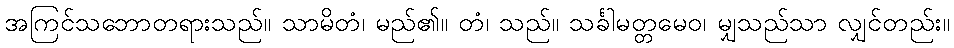
အကြင်သဘောတရားသည်။ သာမိတံ၊ မည်၏။ တံ၊ သည်။ သင်္ခါမတ္တမေဝ၊ မျှသည်သာ လျှင်တည်း။